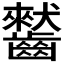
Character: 𪙤